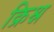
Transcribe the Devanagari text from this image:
क्रिश्न